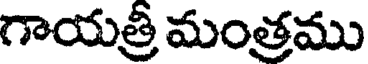
గాయత్రీ మంత్రము